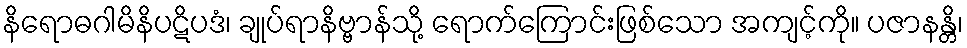
နိရောဓဂါမိနိပဋိပဒံ၊ ချုပ်ရာနိဗ္ဗာန်သို့ ရောက်ကြောင်းဖြစ်သော အကျင့်ကို။ ပဇာနန္တိ၊